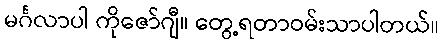
မင်္ဂလာပါ ကိုဇော်ဂျီ။ တွေ့ရတာဝမ်းသာပါတယ်။